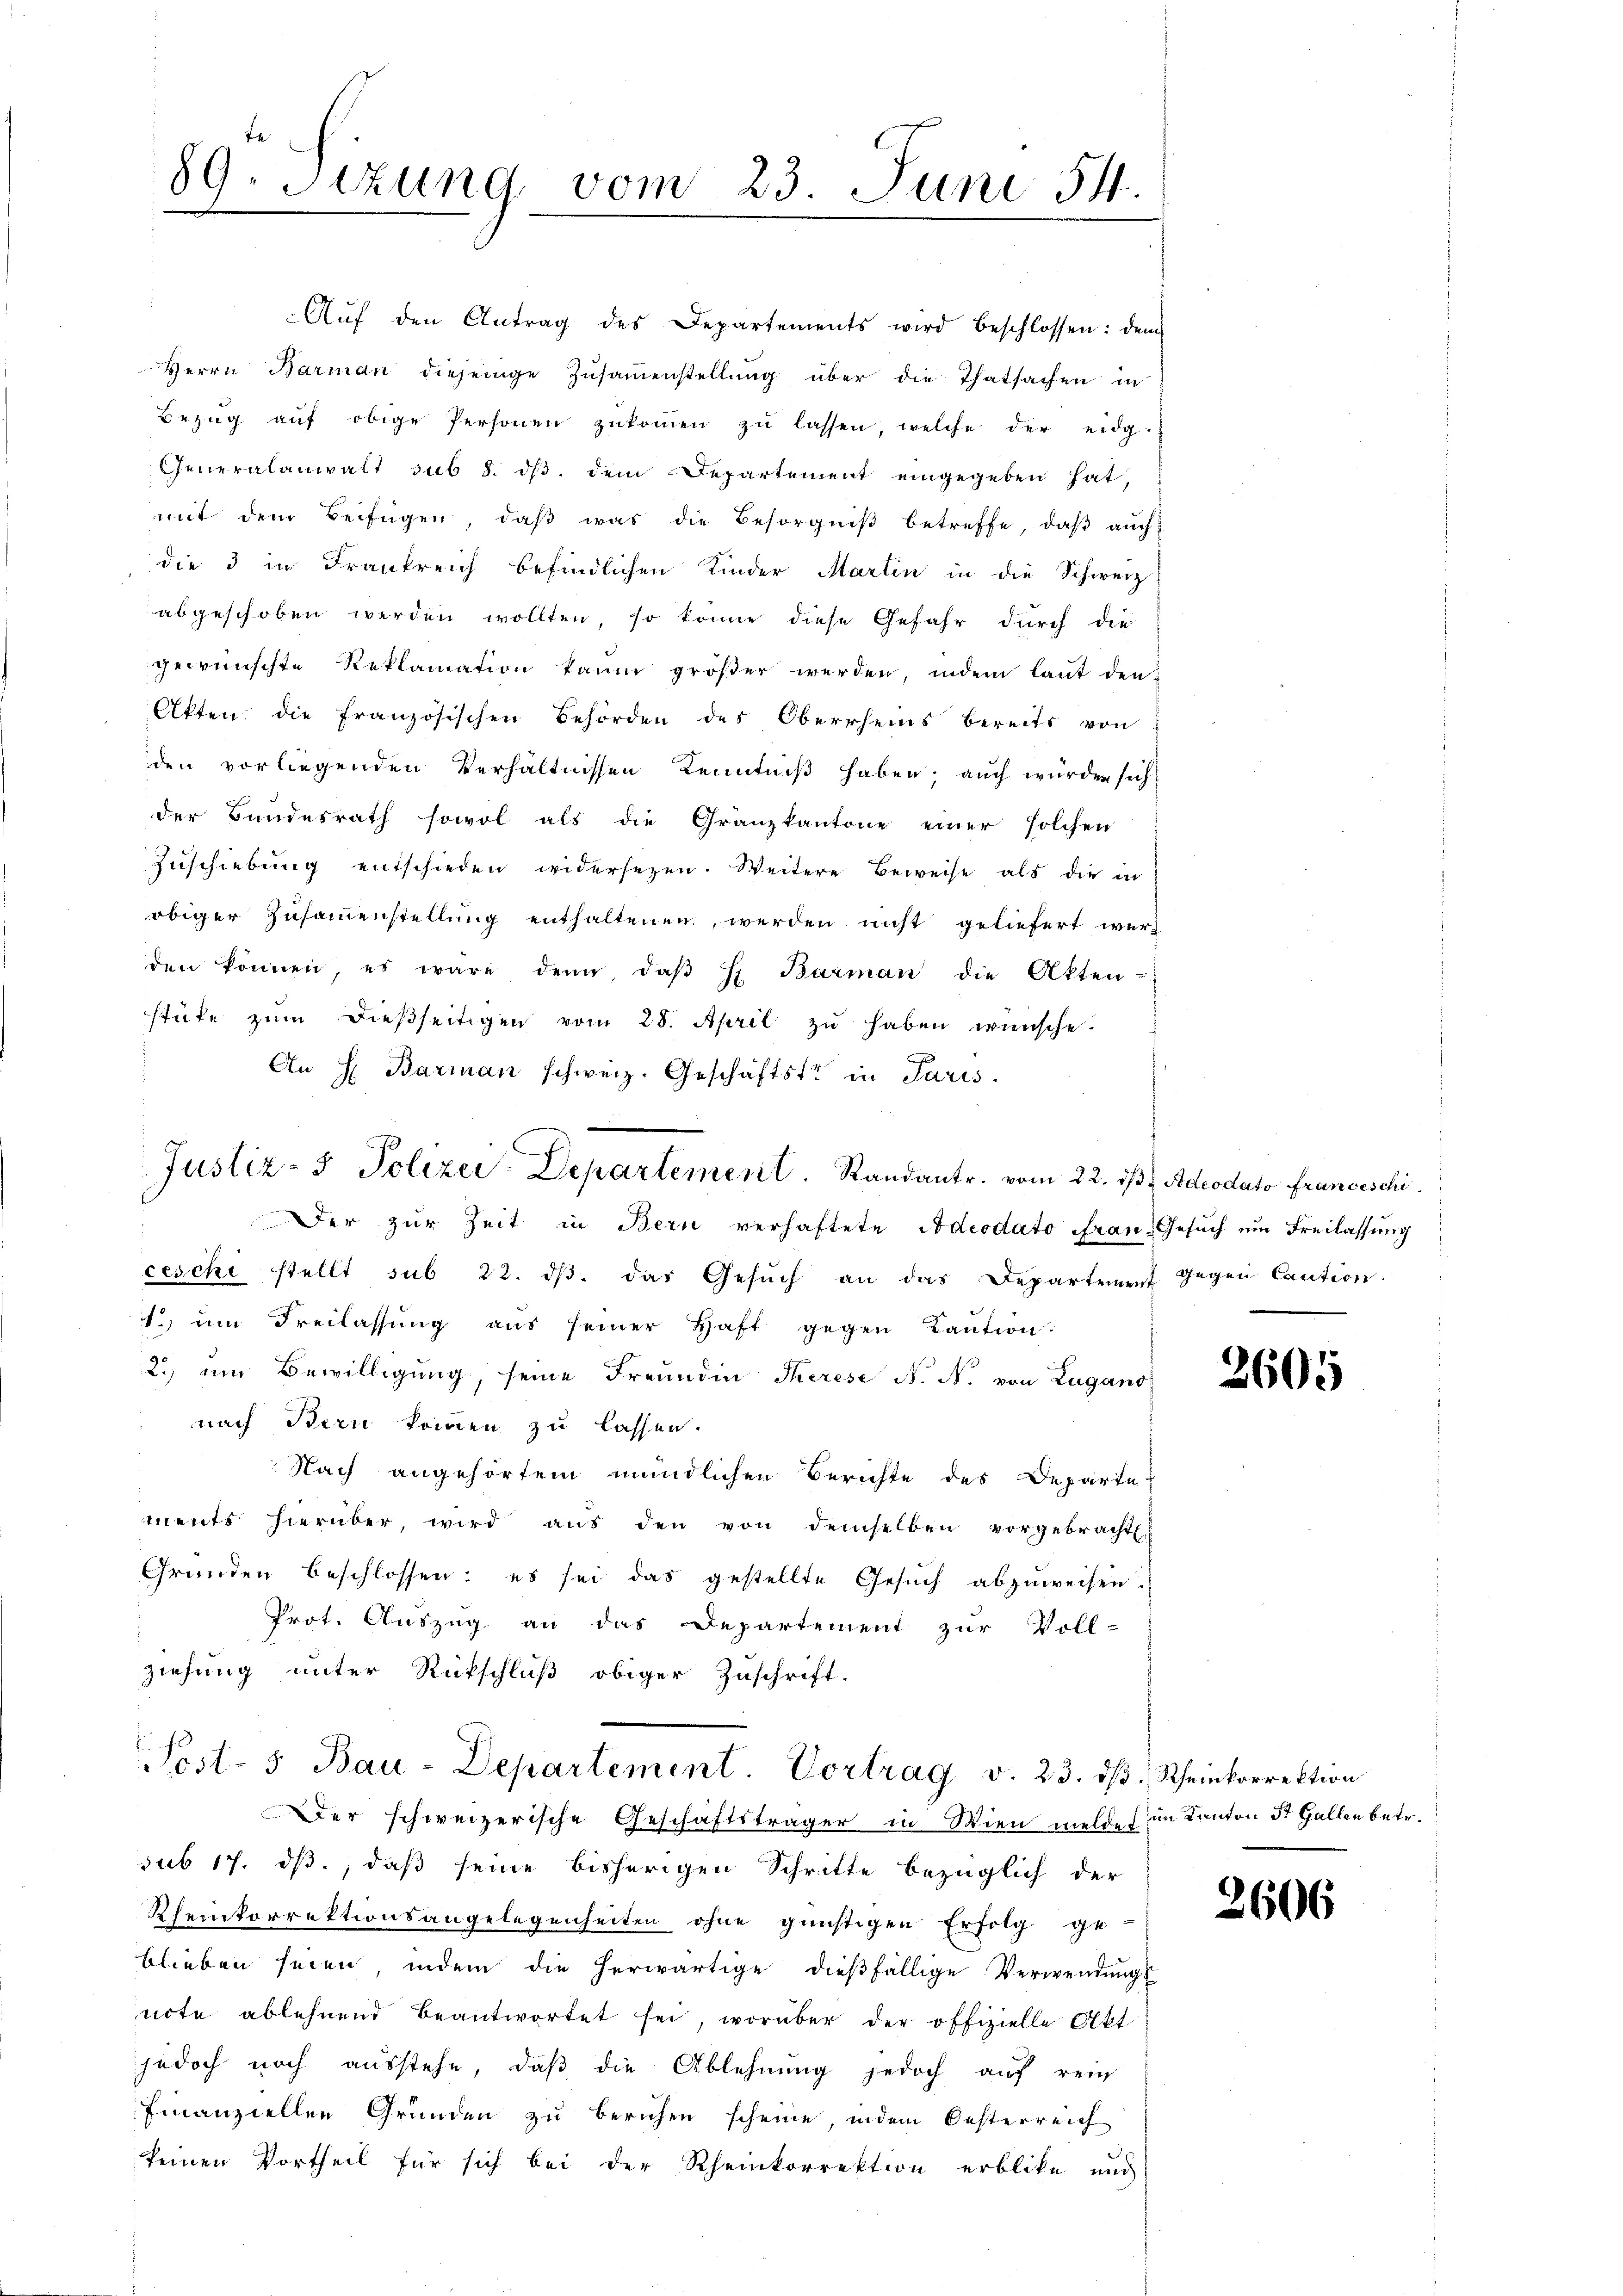
89. Jezung vom 23. Juni 14.

Aŭf den Antrag des Departements wird beschlossen: dem
Herrn Barman diejenige Zŭsaṁenstellŭng über die Thatsachen in
Bezŭg aŭf obige Personen zŭkoṁen zŭ lassen, welche der eidg
Generalanwalt sub 8. ds. dem Departement eingegeben hat,
mit dem Beifügen, daβ was die Besorgniβ betreffe, daß auch
die 3 in Frankreich befindlichen Kinder Martin in die Schweiz
abgeschoben werden wollten, so könne diese Gefahr durch die
gewünschte Reklamation kaum größer werden, indem laut den-
Akten, die französischen Behörden des Oberrheins bereits von
den vorliegenden Verhältnissen Kenntniß haben; auch wurden sich
der Bundesrath sowol als die Granzkantone einer solchen
Zuschiebung entschieden widersezen. Weitere Beweise als die in
obiger Zusammenstellung enthaltenen, werden nicht geliefert werden können, es wäre denn, daβ H. Barman die Akten-
stüfe zŭm dießseitigen vom 28. April zŭ haben wünsche.
An H. Barman schweiz. Geschäftstr in Paris

Justiz- & Polizei-Departement. Randantr. vom 22. dβ u Adeodato Franceschi
Der zur Zeit in Bern verhaftete Adeodato Frau Gesuch um Freilassung

ceschi stellt sub 22. dβ das Gesŭch an das Departeiert Gegen Caution.
. um Freilassung aus seiner Haft gegen Kaution
2.) um Bewilligung, seine Freundin Therese N. N. von Lugano
nach Bern kommen zu lassen.
Nach angehörtem mündlichen Berichte des Departe
ments hierüber, wird aŭs den von demselben vorgebracht
Grunden beschlossen: es sei das gestellte Gesuch abzuweisen.
Prot. Auszug an das Departement zur Voll-
ziehung unter Rückschluß obiger Zuschrift.
Sest- 5 Bau-Departement. Vortrag v. 23. dβ. Rheinkorrektion
Der schweizerische Geschäftsträger in Wien meldet im Kanton St. Gallen betr.
sub 17. ds., daß seine bisherigen Schritte bezüglich der
Rheinkorrektionsangelegenheiten ohne günstigen Erfolg ge-
blieben seien, indem die herwärtige dieβfällige Verwendŭngs-
note ablehnend beantwortet sei, worüber der offizielle Akt
jedoch noch ausstehe, daß die Ablehnung jedoch auf rein
finanziellen Gründen zu beruhen scheine, indem Oesterreich
keinen Vortheil für sich bei der Rheinkorrektion erblike und

3605

2606